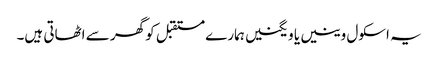
یہ اسکول وینیں یا ویگنیں ہمارے مستقبل کو گھر سے اٹھاتی ہیں۔